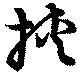
挾